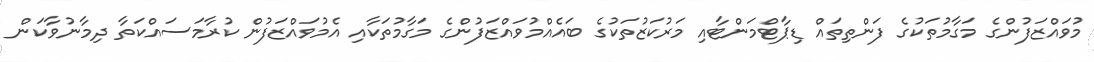
މުވައްޒަފުންގެ މަގާމުތަކުގެ ފަންތިތައް ޑިޕާޓްމަންޓާއި މަރުކަޒުތަކުގެ ބައެއްމުވައްޒަފުންގެ މަގާމުތަކާއި އެމުވައްޒަފުން ކުރާމަސައްކަތާ ދިމާނުވާކަން